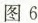
图6